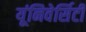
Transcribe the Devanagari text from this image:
यूंनिवेर्सिटी